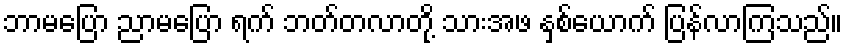
ဘာမပြော ညာမပြော ရက် ဘတ်တလာတို့ သားအဖ နှစ်ယောက် ပြန်လာကြသည်။